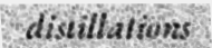
distillations